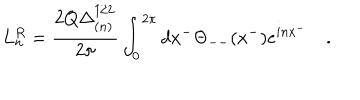
L _ { n } ^ { R } = \frac { 2 Q \Delta _ { ( n ) } ^ { 1 / 2 } } { 2 \pi } \int _ { 0 } ^ { 2 \pi } d x ^ { - } \Theta _ { -- } ( x ^ { - } ) e ^ { i n x ^ { - } } \quad .